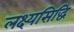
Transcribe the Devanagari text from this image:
लक्ष्यसिद्धि